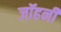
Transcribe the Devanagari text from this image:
जॉहनी